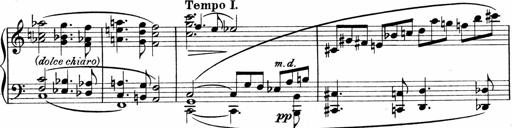
Title: Sonatina No.1
Composer: Otto Stoll
Key: C major